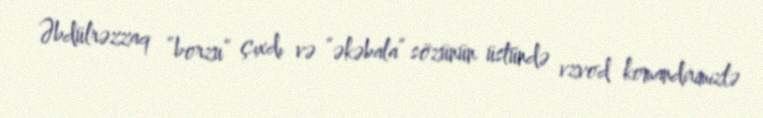
Əbdülrəzzaq “borzu” çıxdı və “əkəbala” sözünün üstündə vzvod komandirimizlə